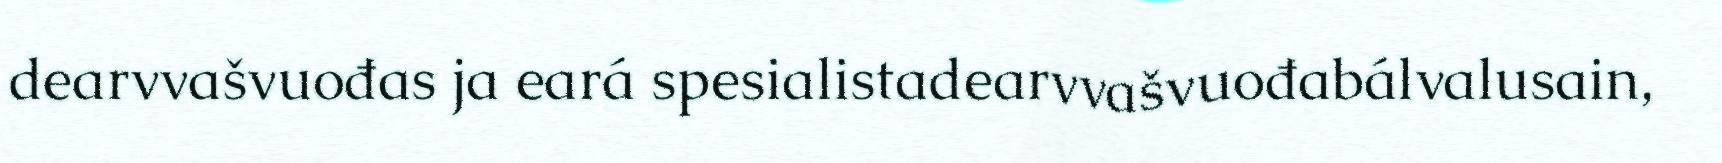
dearvvašvuođas ja eará spesialistadearvvašvuođabálvalusain,